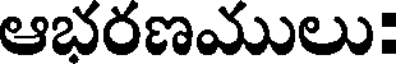
ఆభరణములు: